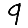
Digit: 9